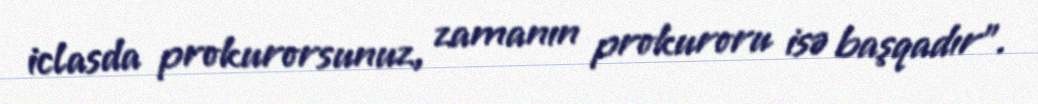
iclasda prokurorsunuz, zamanın prokuroru isə başqadır”.